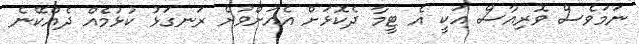
ނަމަވެސް ވޮރިއާސް އަކީ އެ ޓީމާ ދެކޮޅަށް އެއަށްވުރެ ރަނގަޅު ކުޅުމެއް ދެއްކޭނެ